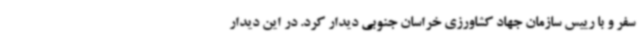
سفر و با رییس سازمان جهاد کشاورزی خراسان جنوبی دیدار کرد. در این دیدار